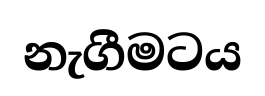
නැගීමටය